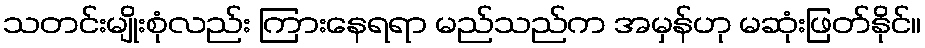
သတင်းမျိုးစုံလည်း ကြားနေရရာ မည်သည်က အမှန်ဟု မဆုံးဖြတ်နိုင်။